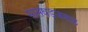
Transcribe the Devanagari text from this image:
सासवडजवळ